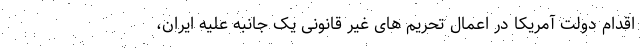
اقدام دولت آمریکا در اعمال تحریم های غیر قانونی یک جانبه علیه ایران،